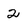
Character: 2